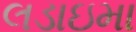
લડાઇમા